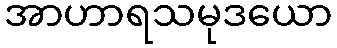
အာဟာရသမုဒယော